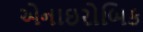
એનાઇરોબિક